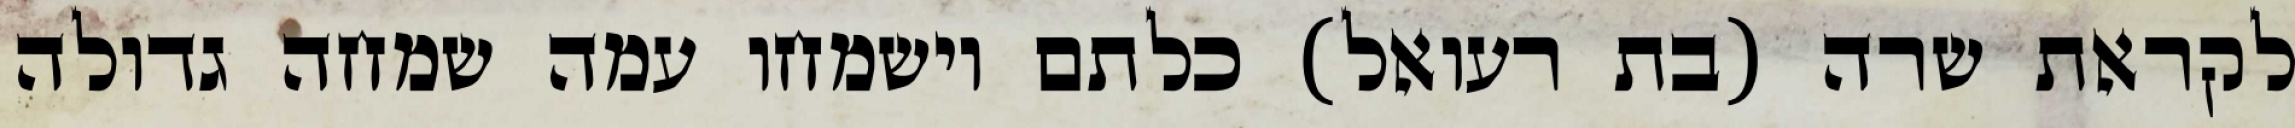
לקראת שרה (בת רעואל) כלתם וישמחו עמה שמחה גדולה